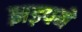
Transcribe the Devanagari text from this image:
झड़पने